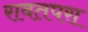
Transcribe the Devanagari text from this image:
रावतपरा